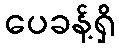
ပေခန့်ရှိ